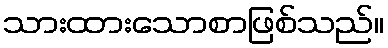
သားထားသောစာဖြစ်သည်။